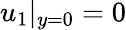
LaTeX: u_{1}|_{y=0}=0